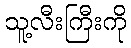
သူ့လီးကြီးကို